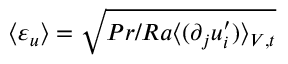
\langle \varepsilon _ { u } \rangle = \sqrt { P r / R a \langle ( \partial _ { j } u _ { i } ^ { \prime } ) \rangle _ { V , t } }